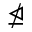
\ntrianglelefteq